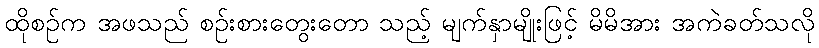
ထိုစဉ်က အဖသည် စဉ်းစားတွေးတော သည့် မျက်နှာမျိုးဖြင့် မိမိအား အကဲခတ်သလို